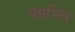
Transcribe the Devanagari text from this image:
यसभित्र